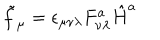
LaTeX: \tilde { f } _ { \mu } = \epsilon _ { \mu \nu \lambda } F _ { \nu \lambda } ^ { a } \hat { H } ^ { a }